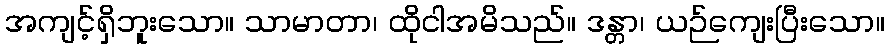
အကျင့်ရှိဘူးသော။ သာမာတာ၊ ထိုငါအမိသည်။ ဒန္တာ၊ ယဉ်ကျေးပြီးသော။